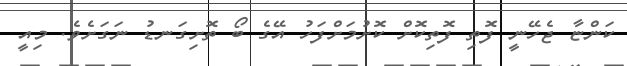
ކަންޏާ ޖެހޭނީ ފޮތި ފޮތިކޮށް ކޮށުމަށްފަހު އޭގެ ބޯ ތޮށިގަނޑު ނަގަށެވެ. މިއީ